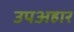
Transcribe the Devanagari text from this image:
उपअहार